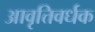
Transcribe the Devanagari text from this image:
आवृत्तिवर्धक